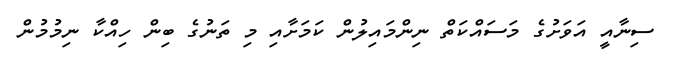
ސިނާއީ އަވަށުގެ މަސައްކަތް ނިންމައިލުން ކަމަށާއި މި ތަނުގެ ބިން ހިއްކާ ނިމުމުން